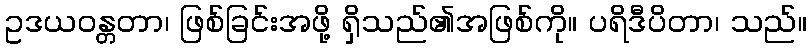
ဥဒယဝန္တတာ၊ ဖြစ်ခြင်းအဖို့ ရှိသည်၏အဖြစ်ကို။ ပရိဒီပိတာ၊ သည်။